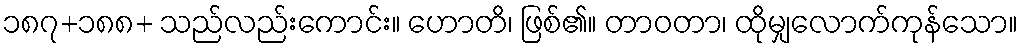
၁၈၇+၁၈၈+ သည်လည်းကောင်း။ ဟောတိ၊ ဖြစ်၏။ တာဝတာ၊ ထိုမျှလောက်ကုန်သော။